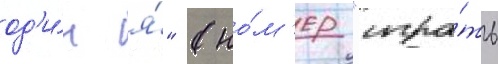
од'и́н я́" (но́м'ер "игра́ть